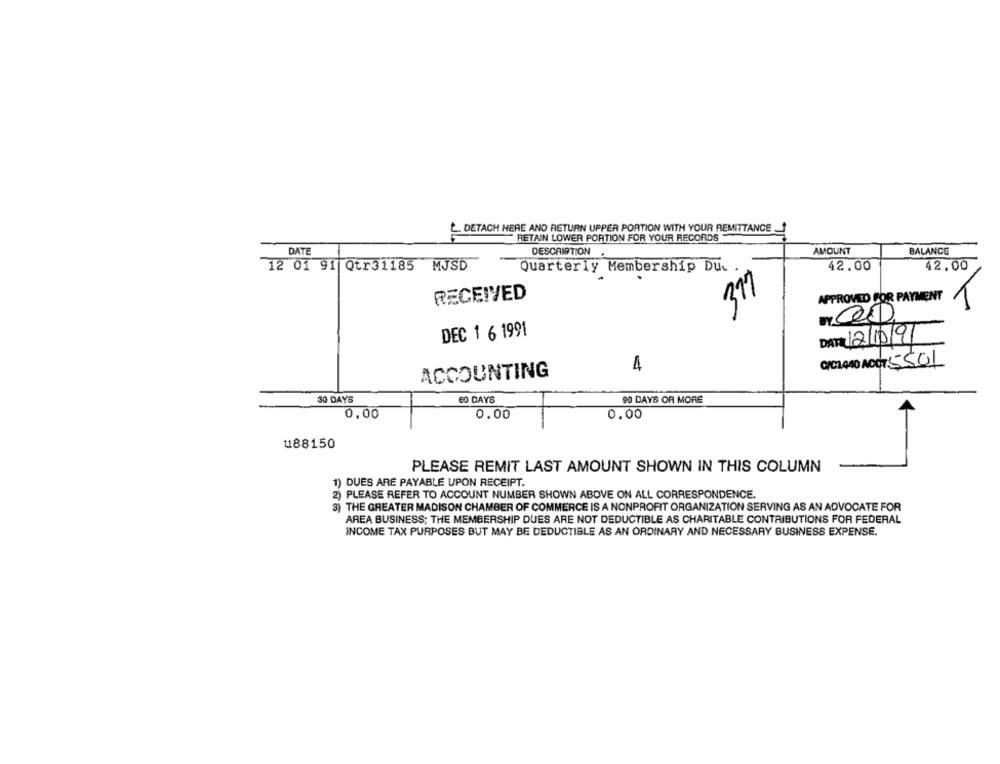
DETACH HERE AND RETURN UPPER PORTION WITH YOUR REMITTANCE
"RETAIN LOWER PORTION FOR YOUR RECORDS
DATE
DESCRIPTION
AMOUNT
BALANCE
12 01 91 Qtr31185 MJSD
42.00
42.00
Quarterly Membership Du. .
RECEIVED
317
APPROVED FOR PAYMENT
DEC 1 6 1991
DATE 12/10/91
C/C1440 ACC7 5501
4
ACCOUNTING
30 DAYS
60 DAYS
90 DAYS OR MORE
0,00
0.00
0.00
u88150
PLEASE REMIT LAST AMOUNT SHOWN IN THIS COLUMN
1) DUES ARE PAYABLE UPON RECEIPT.
2) PLEASE REFER TO ACCOUNT NUMBER SHOWN ABOVE ON ALL CORRESPONDENCE.
3) THE GREATER MADISON CHAMBER OF COMMERCE IS A NONPROFIT ORGANIZATION SERVING AS AN ADVOCATE FOR
AREA BUSINESS; THE MEMBERSHIP DUES ARE NOT DEDUCTIBLE AS CHARITABLE CONTRIBUTIONS FOR FEDERAL
INCOME TAX PURPOSES BUT MAY BE DEDUCTIBLE AS AN ORDINARY AND NECESSARY BUSINESS EXPENSE.